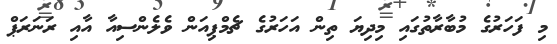
މި ފަހަރުގެ މުބާރާތުގައި މިދިޔަ ތިން އަހަރުގެ ޗެމްޕިއަން ވެލެންސިއާ އާއި ރަނަރަޕް